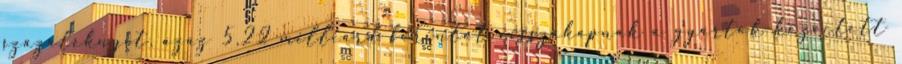
százaléknyit, azaz 5,22 milliárd forintot visszakapnak a gyártók közvetett